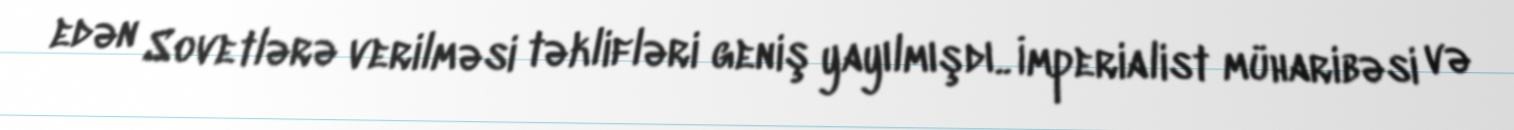
edən Sovetlərə verilməsi təklifləri geniş yayılmışdı.. İmperialist müharibəsi və